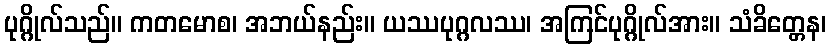
ပုဂ္ဂိုလ်သည်။ ကတမောစ၊ အဘယ်နည်း။ ယဿပုဂ္ဂလဿ၊ အကြင်ပုဂ္ဂိုလ်အား။ သံခိတ္တေန၊